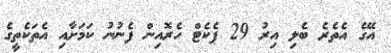
އޭގެ އެތެރެ ބެލި އިރު 29 ޕެކެޓް ހެރޮއިން ފެނުނު ކަމަށާއި އެތަކެތީގެ